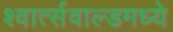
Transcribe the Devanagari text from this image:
श्वार्त्सवाल्डमध्ये